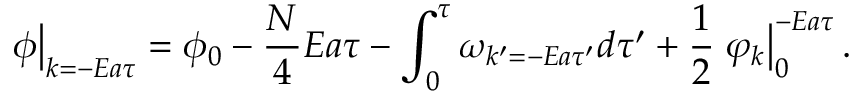
\left. \phi \right| _ { k = - E a \tau } = \phi _ { 0 } - \frac { N } { 4 } E a \tau - \int _ { 0 } ^ { \tau } \omega _ { k ^ { \prime } = - E a \tau ^ { \prime } } d \tau ^ { \prime } + \frac { 1 } { 2 } \left. \varphi _ { k } \right| _ { 0 } ^ { - E a \tau } .